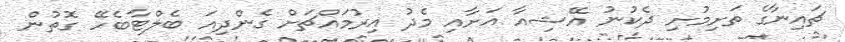
ޗައިނާގެ ތަށިމުށި ދެކުނު އޭޝިއާ އަށާއި މެދު އިރުމައްޗަށް ގެންދިއަ ބެލްޓާބެހޭ ގޮތުން